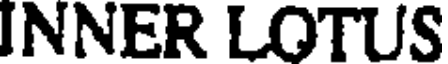
INNER LOTUS